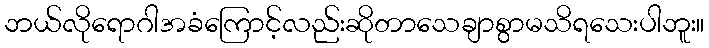
ဘယ်လိုရောဂါအခံကြောင့်လည်းဆိုတာသေချာစွာမသိရသေးပါဘူး။